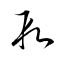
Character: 段